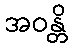
အဝန္တိ